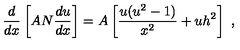
\frac d { d x } \left[ A N \frac { d u } { d x } \right] = A \left[ \frac { u ( u ^ { 2 } - 1 ) } { x ^ { 2 } } + u h ^ { 2 } \right] \ ,